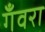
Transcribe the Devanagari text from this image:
गँवरा